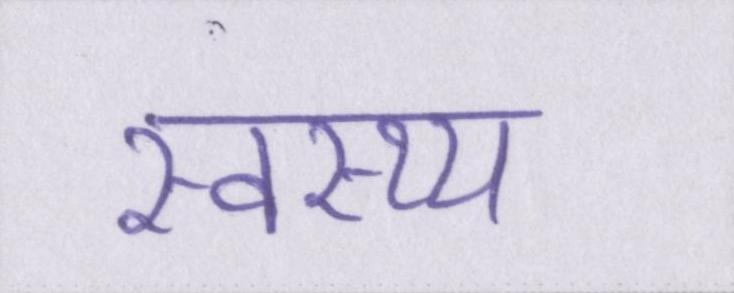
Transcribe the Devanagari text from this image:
स्वस्थ्य